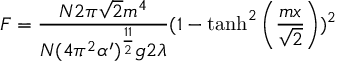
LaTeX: F = \frac { N 2 \pi \sqrt { 2 } m ^ { 4 } } { N ( 4 \pi ^ { 2 } \alpha ^ { \prime } ) ^ { \frac { 1 1 } { 2 } } g 2 \lambda } ( 1 - \operatorname { t a n h } ^ { 2 } \left( \frac { m x } { \sqrt { 2 } } \right) ) ^ { 2 }